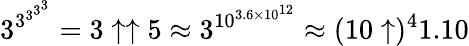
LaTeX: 3^{3^{3^{3^{3}}}}=3\uparrow\uparrow 5\approx 3^{10^{3.6\times 10^{12}}}\approx(10\uparrow)^{4}1.10